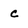
Character: c